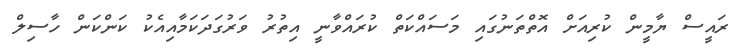
ރައީސް ޔާމީން ކުރިއަށް އޮތްތަނުގައި މަސައްކަތް ކުރައްވާނީ އިތުރު ވަރުގަދަކަމާއިއެކު ކަންކަން ހާސިލް